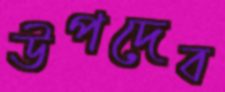
উপদেব